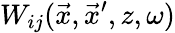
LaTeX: W_{ij}(\vec{x},\vec{x}^{\prime},z,\omega)